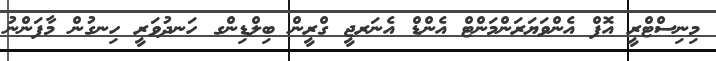
މިނިސްޓްރީ އޮފް އެންވަޔަރަންމަންޓް އެންޑް އެނަރޖީ ގްރީން ބިލްޑިންގ ހަނދުވަރީ ހިނގުން މާފަންނު